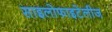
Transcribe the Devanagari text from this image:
साइलोफाइटेलीज